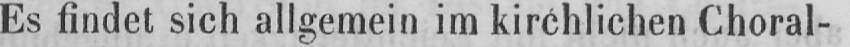
Es findet sich allgemein im kirchlichen Choral-